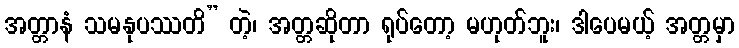
အတ္တာနံ သမနုပဿတိ” တဲ့၊ အတ္တဆိုတာ ရုပ်တော့ မဟုတ်ဘူး၊ ဒါပေမယ့် အတ္တမှာ